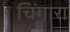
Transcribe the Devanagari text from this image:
चिंगारा